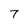
Character: 7